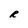
Character: R